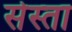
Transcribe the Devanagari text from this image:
सेस्ता